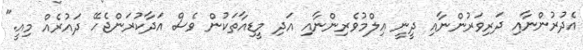
އެދުރުންނާއި ދަރިވަރުންނާއި ދީނީ އިލްމުވެރިންނާއި އަދި މީޑިއާތަކުން ވެސް އަދާކުރަންޖެހޭ ދައުރެއް މިއީ."